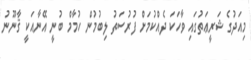
މިއަދުގެ ޝަރީޢަތުގައި ވާހަކަ ދެއްކުމަށް ފުރުސަތު ލިބުމުން ހުމާމް ބުނީ އޭނާއަކީ ޤާނޫނު